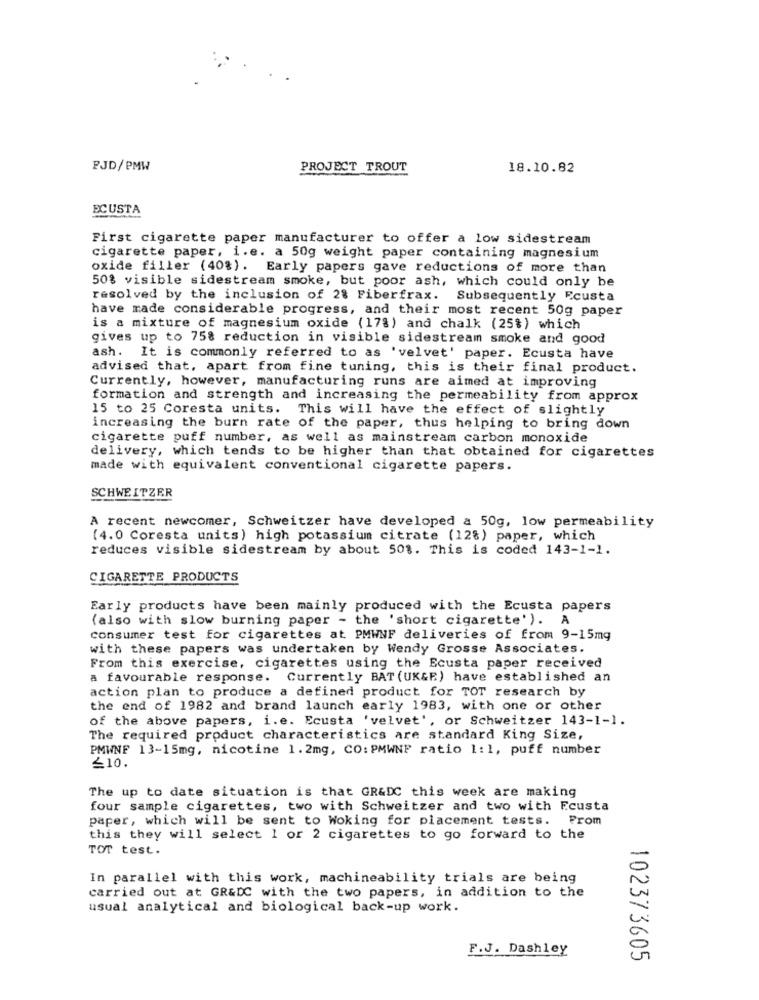
PJD/PMW
PROJECT TROUT
18.10.82
ECUSTA
First cigarette paper manufacturer to offer a low sidestream
cigarette paper, i.e. a 50g weight paper containing magnesium
oxide filler (40%). Early papers gave reductions of more than
50% visible sidestream smoke, but poor ash, which could only be
resolved by the inclusion of 28 Fiberfrax. Subsequently Ecusta
have made considerable progress, and their most recent 50g paper
is a mixture of magnesium oxide (17%) and chalk (25%) which
gives up to 75% reduction in visible sidestream smoke and good
ash. It is commonly referred to as 'velvet' paper. Ecusta have
advised that, apart from fine tuning, this is their final product.
Currently, however, manufacturing runs are aimed at improving
formation and strength and increasing the permeability from approx
15 to 25 Coresta units. This will have the effect of slightly
increasing the burn rate of the paper, thus helping to bring down
cigarette puff number, as well as mainstream carbon monoxide
delivery, which tends to be higher than that obtained for cigarettes
made with equivalent conventional cigarette papers.
SCHWEITZER
A recent newcomer, Schweitzer have developed a 50g, low permeability
(4.0 Coresta units) high potassium citrate (12%) paper, which
reduces visible sidestream by about 50%. This is coded 143-1-1.
CIGARETTE PRODUCTS
Early products have been mainly produced with the Ecusta papers
(also with slow burning paper - the 'short cigarette').
consumer test for cigarettes at PMWNF deliveries of from 9-15mg
with these papers was undertaken by Wendy Grosse Associates.
From this exercise, cigarettes using the Ecusta paper received
a favourable response. Currently BAT (UK&E) have established an
action plan to produce a defined product for TOT research by
the end of 1982 and brand launch early 1983, with one or other
of the above papers, i.e. Ecusta 'velvet', or Schweitzer 143-1-1.
The required product characteristics are standard King Size,
PMWNF 13-15mg, nicotine 1.2mg, CO: PMWNF ratio 1:1, puff number
210.
The up to date situation is that GR&DC this week are making
four sample cigarettes, two with Schweitzer and two with Ecusta
paper, which will be sent to Woking for placement tests. Prom
this they will select 1 or 2 cigarettes to go forward to the
TOT test.
In parallel with this work, machineability trials are being
carried out at GR&DC with the two papers, in addition to the
usual analytical and biological back-up work.
F.J. Dashley
102373605